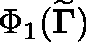
\Phi _ { 1 } ( { \widetilde { \mathbf { \Gamma } } } )